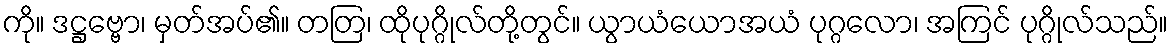
ကို။ ဒဋ္ဌဗ္ဗော၊ မှတ်အပ်၏။ တတြ၊ ထိုပုဂ္ဂိုလ်တို့တွင်။ ယွာယံယောအယံ ပုဂ္ဂလော၊ အကြင် ပုဂ္ဂိုလ်သည်။